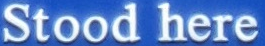
Stood here